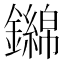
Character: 𨮨